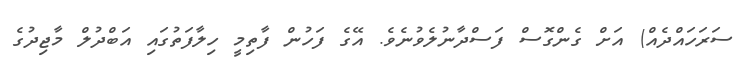
ސަރަހައްދެއް) އަށް ގެންގޮސް ފަސްދާނުލެވުނެވެ. އޭގެ ފަހުން ފާތިމީ ހިލާފަތުގައި އަބްދުލް މާޖިދުގެ